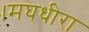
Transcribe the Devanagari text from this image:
।मघधीरा